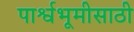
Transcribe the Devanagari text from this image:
पार्श्वभूमीसाठी